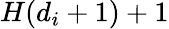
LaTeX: H(d_{i}+1)+1